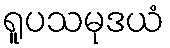
ရူပသမုဒယံ